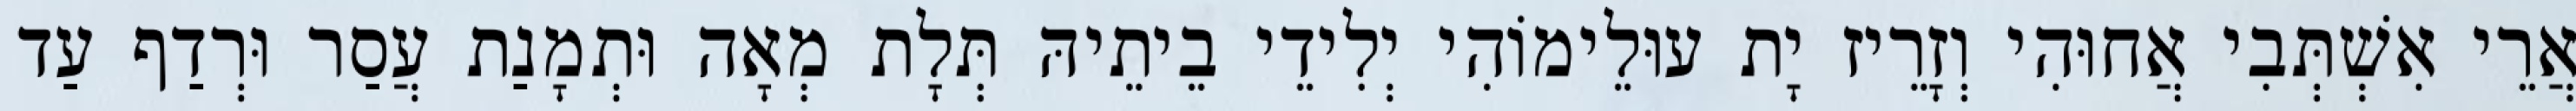
אֲרֵי אִשְׁתְּבִי אֲחוּהִי וְזָרֵיז יָת עוּלֵימוֹהִי יְלִידֵי בֵיתֵיהּ תְּלָת מְאָה וּתְמָנַת עֲסַר וּרְדַף עַד